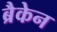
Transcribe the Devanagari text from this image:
ब्रैकेन